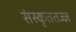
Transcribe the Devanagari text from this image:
संस्कृततज्ज्ञ